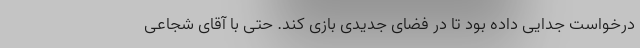
درخواست جدایی داده بود تا در فضای جدیدی بازی کند. حتی با آقای شجاعی